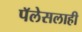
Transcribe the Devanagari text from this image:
पॅलेसलाही